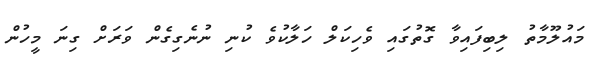
މައުލޫމާތު ލިބިފައިވާ ގޮތުގައި ވެހިކަލް ހަލާކުވެ ކުނި ނުނެގިގެން ވަރަށް ގިނަ މީހުން